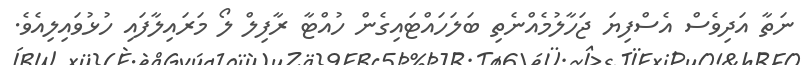
ނަތާ އަދިވެސް އެސްފިޔަ ޖަހާލުމެއްނެތި ބަލަހައްޓައިގެން ހުއްޓާ ރާފިލް ލޯ މަރައިލާފައި ހުޅުވައިލިއެވެ.